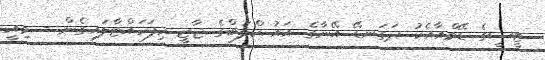
ޓީސީގެ ޑޭވްއާއެކު ދަގަނޑޭ އޭނާގެ އައު ކްލަބްގެ ޖާޒީ ހިފަހައްޓާލައިގެން - މިއީ